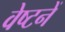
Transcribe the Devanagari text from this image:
वेष्टनें